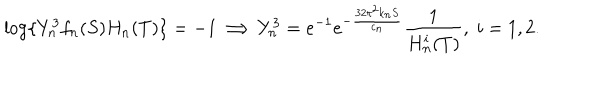
LaTeX: \log \{ Y _ { n } ^ { 3 } f _ { n } ( S ) H _ { n } ( T ) \} = - 1 \Longrightarrow Y _ { n } ^ { 3 } = e ^ { - 1 } e ^ { - \frac { 3 2 \pi ^ { 2 } k _ { n } S } { c _ { n } } } \frac { 1 } { H _ { n } ^ { i } ( T ) } , \; i = 1 , 2 .